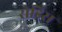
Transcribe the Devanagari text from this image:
रोडिस